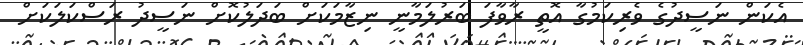
އެކަން ނަސީދުގެ ވެރިކަމުގާ އޮތީ ރާވާފަ ބަރުލަމާނީ ނިޒާމަކަށް ބަދަލުކޮށް ނަސީދު ރަސްކަލަކަށް